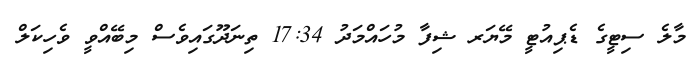
މާލެ ސިޓީގެ ޑެޕިއުޓީ މޭޔަރ ޝިފާ މުހައްމަދު 17:34 ތިނަދޫގައިވެސް މިބޭއްވީ ވެހިކަލް